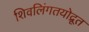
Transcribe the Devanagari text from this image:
शिवलिंगतयोद्रूत